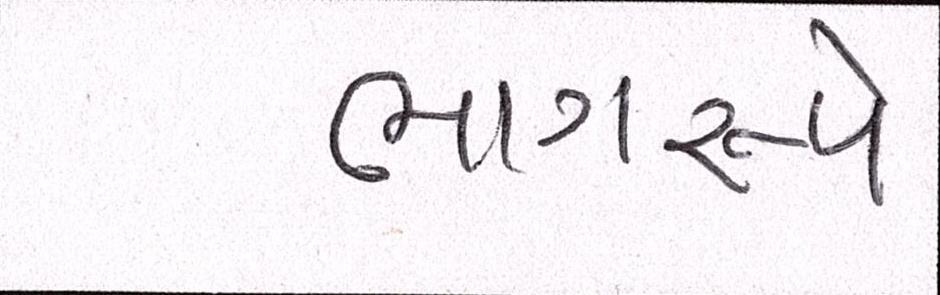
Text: ભાગરૂપે